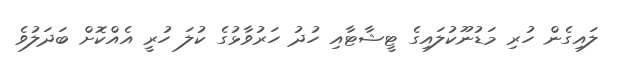
ލައިގެން ހުރި މަޑުނޫކުލައިގެ ޓީޝާޓާއި ހުދު ހަރުވާޅުގެ ކުލަ ހުރީ އެއްކޮށް ބަދަލުވެ